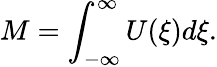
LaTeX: M=\int_{-\infty}^{\infty}U(\xi)d\xi.